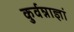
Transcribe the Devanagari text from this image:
कुर्वन्नाज्ञां